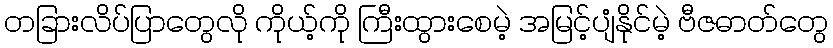
တခြားလိပ်ပြာတွေလို ကိုယ့်ကို ကြီးထွားစေမဲ့ အမြင့်ပျံနိုင်မဲ့ ဗီဇဓာတ်တွေ